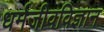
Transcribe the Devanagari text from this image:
धर्मजीवविज्ञान